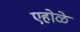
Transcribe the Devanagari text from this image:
एहोळे